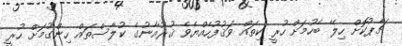
ޗާޕުކޮށް ހިލޭ ބެހުމަށް ހުރީ ކިތައް ވަޤުފުހެއްޔެވެ ޤުރުއާނުގެ ކުލާސްތައް ހިންގުމަށް ހުރީ